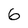
Character: 6